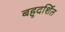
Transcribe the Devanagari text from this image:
बहुदर्शित